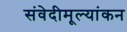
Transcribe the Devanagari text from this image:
संवेदीमूल्यांकन